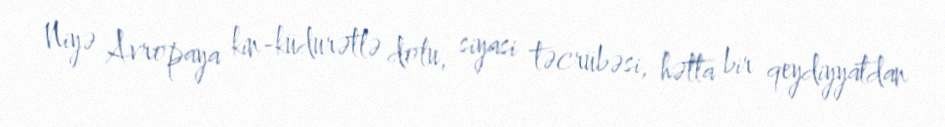
Niyə Avropaya kin-küdurətlə dolu, siyasi təcrübəsi, hətta bir qeydiyyatdan